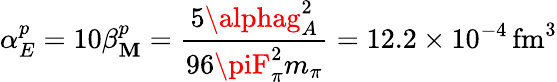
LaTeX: \alpha_{E}^{p}=10\beta_{\mathbf{M}}^{p}={\frac{{5\alphag_{A}^{2}}}{{96\piF_{\pi}^{2}m_{\pi}}}}=12.2\times10^{-4}\, \mathrm{{fm}}^{3}